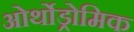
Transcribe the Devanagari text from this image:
ओर्थोड्रोमिक